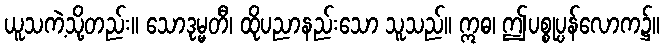
ယူသကဲ့သို့တည်း။ သောဒုမ္မတီ၊ ထိုပညာနည်းသော သူသည်။ ဣဓ၊ ဤပစ္စုပ္ပန်လောက၌။